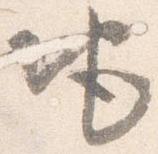
地